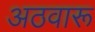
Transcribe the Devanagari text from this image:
अठवारू